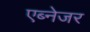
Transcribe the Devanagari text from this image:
एब्नेजर